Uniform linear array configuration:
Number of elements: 32
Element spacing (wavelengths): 1
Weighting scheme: hann
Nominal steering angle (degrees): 15
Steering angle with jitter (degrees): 14.915
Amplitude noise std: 0.05
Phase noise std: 0.05

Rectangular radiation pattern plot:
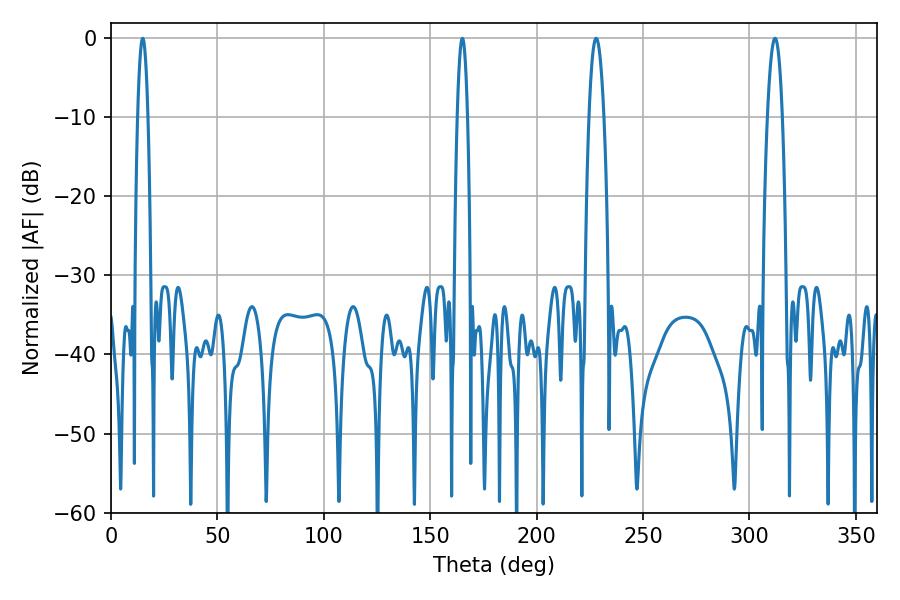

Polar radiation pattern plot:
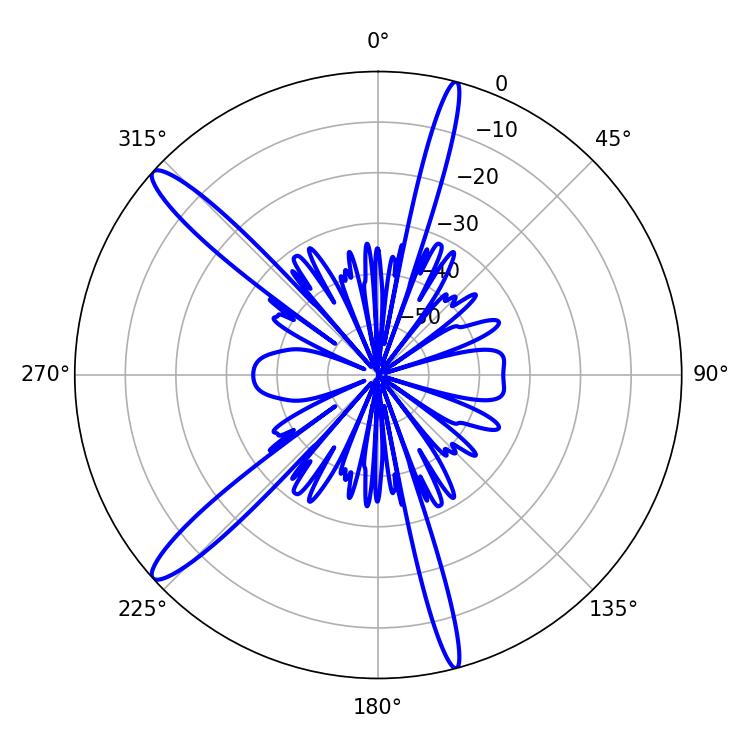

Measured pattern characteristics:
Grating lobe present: TRUE
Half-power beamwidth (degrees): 2.52
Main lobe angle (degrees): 14.94